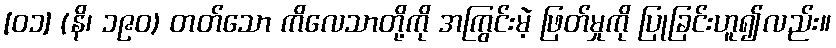
[၀၁] (နိ၊ ၁၉၀) တတ်သော ကိလေသာတို့ကို အကြွင်းမဲ့ ဖြတ်မှုကို ပြုခြင်းဟူ၍လည်း။